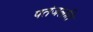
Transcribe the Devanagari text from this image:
पतंजलति